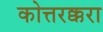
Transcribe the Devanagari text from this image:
कोत्तरक्करा